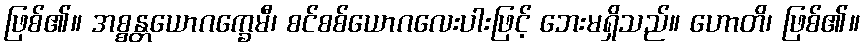
ဖြစ်၏။ အစ္စန္တယောဂက္ခေမီ၊ စင်စစ်ယောဂလေးပါးဖြင့် ဘေးမရှိသည်။ ဟောတိ၊ ဖြစ်၏။